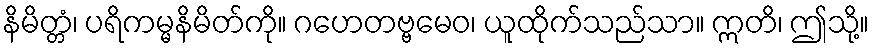
နိမိတ္တံ၊ ပရိကမ္မနိမိတ်ကို။ ဂဟေတဗ္ဗမေဝ၊ ယူထိုက်သည်သာ။ ဣတိ၊ ဤသို့။